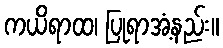
ကယိရာထ၊ ပြုရာအံ့နည်း။